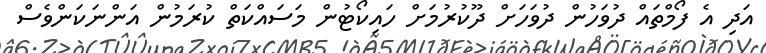
އަދި އެ ފޯމްތައް ދުވަހުން ދުވަހަށް ދޫކުރުމަށް ހައިކޯޓުން މަސައްކަތް ކުރަމުން އަންނަކަންވެސް